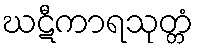
ဃဋီကာရသုတ္တံ